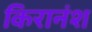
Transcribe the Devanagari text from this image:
किरानंश